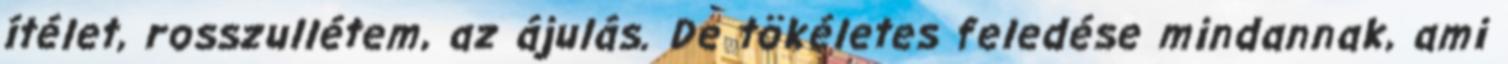
ítélet, rosszullétem, az ájulás. De tökéletes feledése mindannak, ami